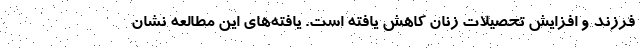
فرزند و افزایش تحصیلات زنان کاهش یافته است. یافته‌های این مطالعه نشان